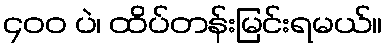
၄၀၀ ပဲ၊ ထိပ်တန်းမြင်းရမယ်။